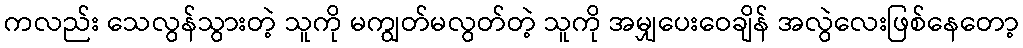
ကလည်း သေလွန်သွားတဲ့ သူကို မကျွတ်မလွတ်တဲ့ သူကို အမျှပေးဝေချိန် အလွဲလေးဖြစ်နေတော့